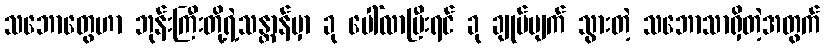
သဘောတွေဟာ ဘုန်းကြီးတို့ရဲ့သန္တာန်မှာ ခု ပေါ်လာပြီးရင် ခု ချုပ်ပျက် သွားတဲ့ သဘောသာရှိတဲ့အတွက်